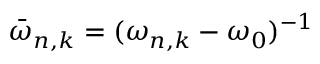
\bar { \omega } _ { n , k } = ( \omega _ { n , k } - \omega _ { 0 } ) ^ { - 1 }